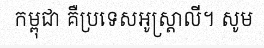
កម្ពុជា គឺប្រទេសអូស្ត្រាលី។ សូម